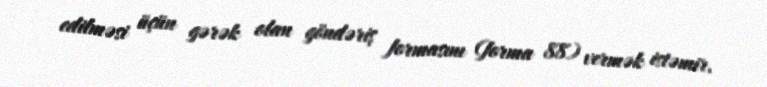
edilməsi üçün gərək olan göndəriş formasını (forma 88) vermək istəmir.